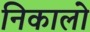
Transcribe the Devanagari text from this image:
निकालो